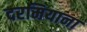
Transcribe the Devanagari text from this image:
दरमियाना